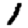
Digit: 1